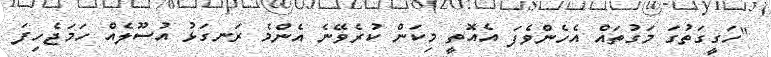
"ހަގީގަތުގަ މަގުތައް އެހެންވެފަ އެއޮތީ މިކަން ކުރެވޭނެ އެންމެ ރަނގަޅު އުސޫލެއް ހަމަޖެހިފަ